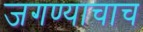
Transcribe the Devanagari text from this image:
जगण्याचाच